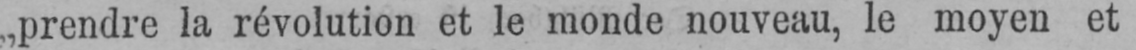
„prendre la révolution et le monde nouveau, le moyen et